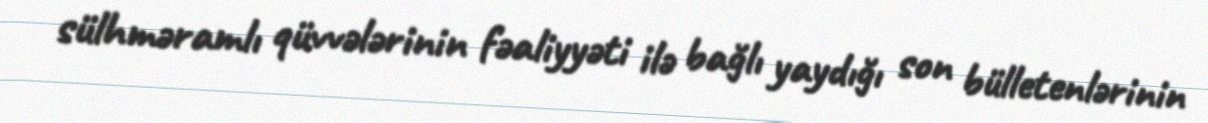
sülhməramlı qüvvələrinin fəaliyyəti ilə bağlı yaydığı son bülletenlərinin